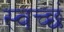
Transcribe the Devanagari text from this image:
स्वच्छं